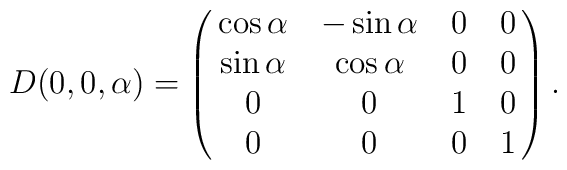
D(0, 0,\alpha) = \pmatrix{\cos\alpha & -\sin\alpha & 0 & 0 \cr\sin\alpha & \cos\alpha & 0 & 0 \cr 0&0&1&0\cr 0&0&0&1} .